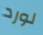
لورد